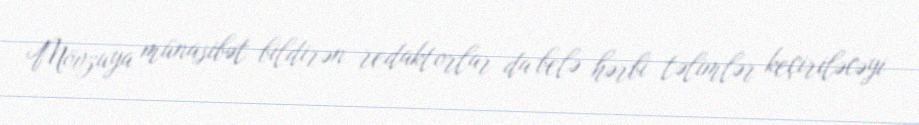
Mövzuya münasibət bildirən redaktorlar da belə hərbi təlimlər keçiriləcəyi